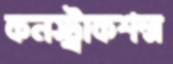
কনস্ট্রাকশন্স